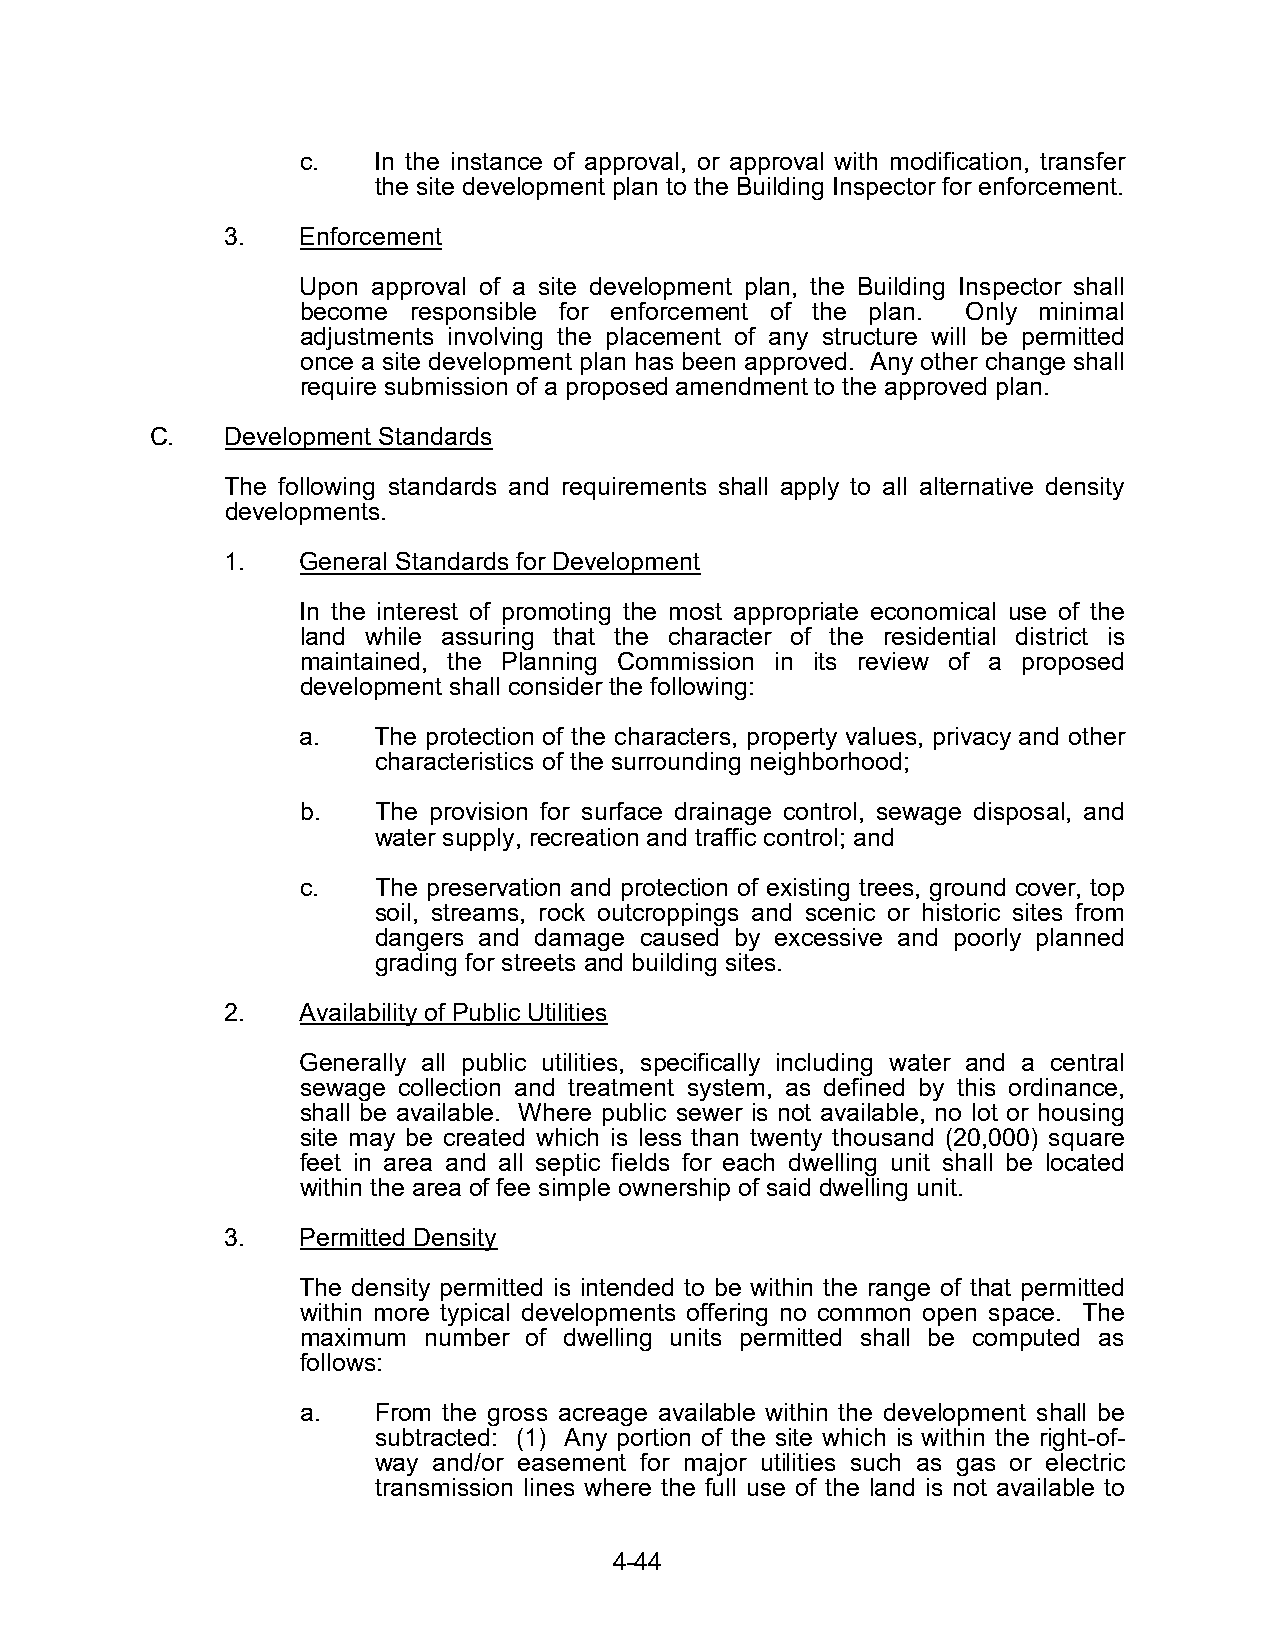
c.   In the instance of approval, or approval with modification, transfer
 the site development plan to the Building Inspector for enforcement.
 3.   Enforcement
 Upon approval of a site development plan, the Building Inspector shall
 become responsible for enforcement of the plan. Only minimal
 adjustments involving the placement of any structure will be permitted
 once a site development plan has been approved. Any other change shall
 require submission of a proposed amendment to the approved plan.
 C.   Development Standards
 The following standards and requirements shall apply to all alternative density
 developments.
 1.   General Standards for Development
 In the interest of promoting the most appropriate economical use of the
 land while assuring that the character of the residential district is
 maintained, the Planning Commission in its review of a proposed
 development shall consider the following:
 a.   The protection of the characters, property values, privacy and other
 characteristics of the surrounding neighborhood;
 b.   The provision for surface drainage control, sewage disposal, and
 water supply, recreation and traffic control; and
 c.   The preservation and protection of existing trees, ground cover, top
 soil, streams, rock outcroppings and scenic or historic sites from
 dangers and damage caused by excessive and poorly planned
 grading for streets and building sites.
 2.   Availability of Public Utilities
 Generally all public utilities, specifically including water and a central
 sewage collection and treatment system, as defined by this ordinance,
 shall be available. Where public sewer is not available, no lot or housing
 site may be created which is less than twenty thousand (20,000) square
 feet in area and all septic fields for each dwelling unit shall be located
 within the area of fee simple ownership of said dwelling unit.
 3.   Permitted Density
 The density permitted is intended to be within the range of that permitted
 within more typical developments offering no common open space. The
 maximum number of dwelling units permitted shall be computed as
 follows:
 a.   From the gross acreage available within the development shall be
 subtracted: (1) Any portion of the site which is within the right-of-
 way and/or easement for major utilities such as gas or electric
 transmission lines where the full use of the land is not available to
 4-44